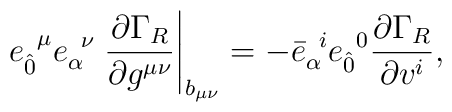
e_{ \hat{0}}^{\;\;\mu}e_{\alpha}^{\;\; \nu}  \left. \frac{\partial \Gamma_{R}}{\partial g^{\mu \nu}} \right|_{b_{\mu\nu}} = - {\bar{e}}_{\alpha}^{\;\; i} {e}_{ \hat{0}} ^{\;\;0} \frac{\partial \Gamma_{R}}{ \partial v^{i}},